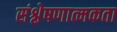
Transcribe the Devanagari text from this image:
संश्लेषणात्मकता